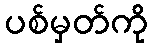
ပစ်မှတ်ကို